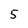
Character: 5